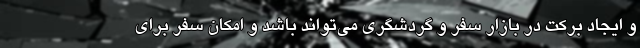
و ایجاد برکت در بازار سفر و گردشگری می‌تواند باشد و امکان سفر برای